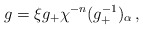
\begin{align*}g=\xi g_{+}\chi^{-n}(g_{+}^{-1})_{\alpha}\,,\end{align*}